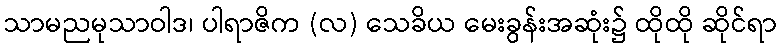
သာမညမုသာဝါဒ၊ ပါရာဇိက (လ) သေခိယ မေးခွန်းအဆုံး၌ ထိုထို ဆိုင်ရာ